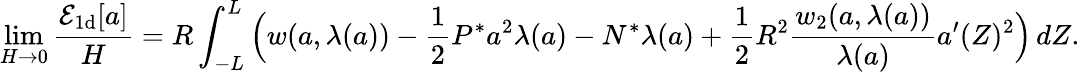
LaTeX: \operatorname*{lim}_{H\to 0}\frac{\mathcal{E}_{\mathrm{1d}}[{a}]}{H}=R\int_{-L}^{L}\Big(w({a},\lambda({a}))-\frac{1}{2}P^{*}{a}^{2}\lambda({a})-N^{*}\lambda({a})+\frac{1}{2}R^{2}\frac{w_{2}({a},\lambda({a}))}{\lambda({a})}{a}^{\prime}(Z)^{2}\Big)\, dZ.